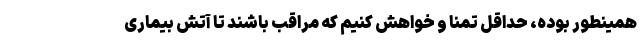
همینطور بوده، حداقل تمنا و خواهش کنیم که مراقب باشند تا آتش بیماری